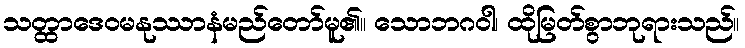
သတ္ထာဒေဝမနုဿာနံမည်တော်မူ၏။ သောဘဂဝါ၊ ထိုမြတ်စွာဘုရားသည်။